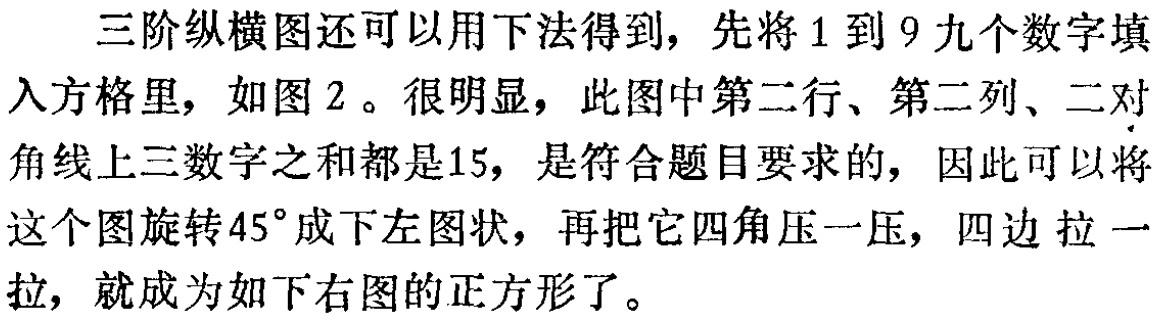
三阶纵横图还可以用下法得到，先将1到9九个数字填入方格里，如图2。很明显，此图中第二行、第二列、二对角线上三数字之和都是15，是符合题目要求的，因此可以将这个图旋转45°成下左图状，再把它四角压一压，四边拉一拉，就成为如下右图的正方形了。